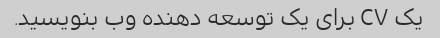
یک CV برای یک توسعه دهنده وب بنویسید.